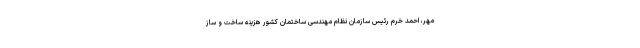
مهر، احمد خرم رئیس سازمان نظام مهندسی ساختمان کشور هزینه ساخت و ساز